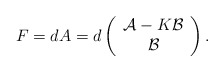
\begin{align*}F = dA = d \left( \begin{array}{c} {\cal A} - K{\cal B} \\ {\cal B} \end{array} \right).\end{align*}